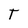
Character: T